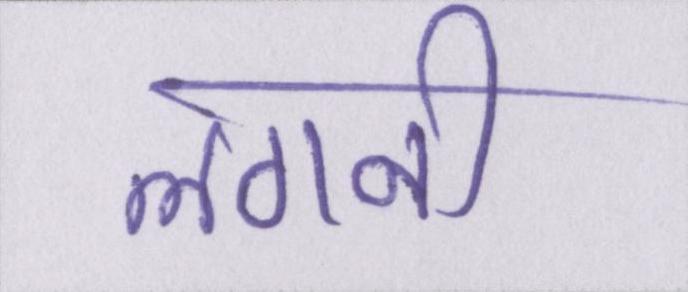
लगनी